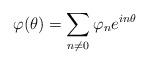
LaTeX: \begin{align*}\varphi(\theta)=\sum_{n\not=0}\varphi_ne^{in\theta} \end{align*}